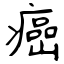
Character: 癌